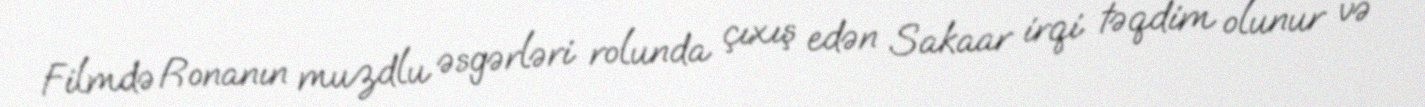
Filmdə Ronanın muzdlu əsgərləri rolunda çıxış edən Sakaar irqi təqdim olunur və